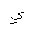
Letter: _ya